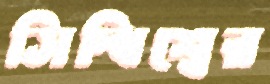
সিদ্ধিশ্বের